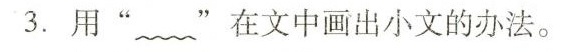
3.用””在文中画出小文的办法。